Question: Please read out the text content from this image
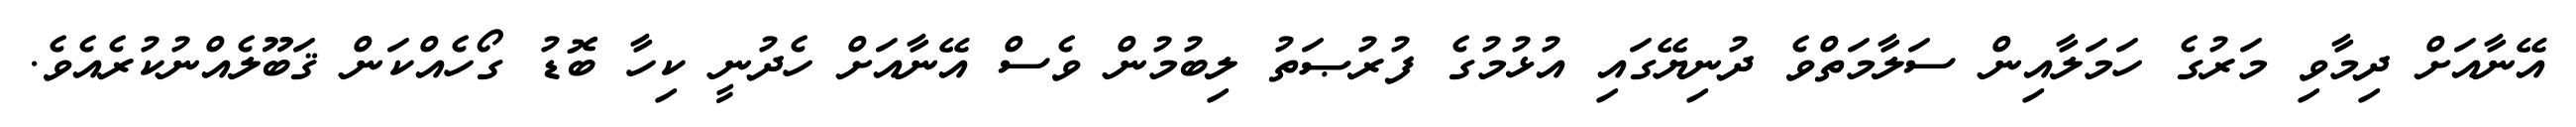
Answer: އޭނާއަށް ދިމާވި މަރުގެ ހަމަލާއިން ސަލާމަތްވެ ދުނިޔޭގައި އުޅުމުގެ ފުރުޞަތު ލިބުމުން ވެސް އޭނާއަށް ހެދުނީ ކިހާ ބޮޑު ގޯހެއްކަން ޤަބޫލެއްނުކުރެއެވެ.